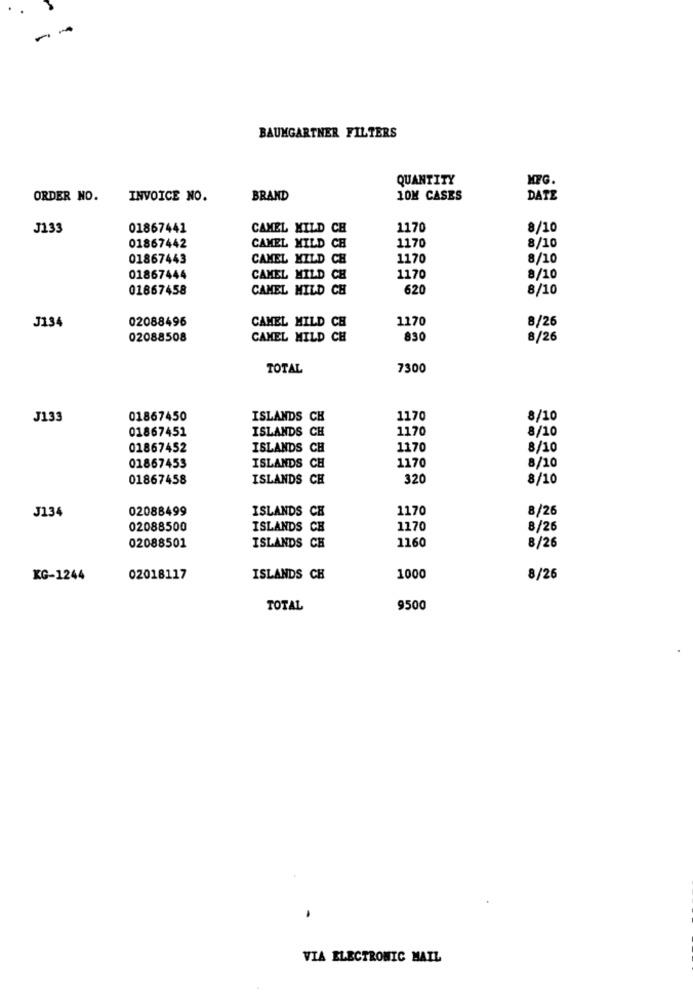
BAUMGARTNER FILTERS
QUANTITY
MFG.
ORDER NO.
INVOICE NO.
BRAND
10M CASES
DATE
品品品品品
J133
01867441
CAMEL MILD CH
1170
8/10
CAMEL MILD CH
1170
01867442
8/10
01867443
CAMEL MILD CH
1170
8/10
CAMEL MILD CH
01867444
1170
8/10
01867458
CAMEL MILD CH
620
8/10
J134
02088496
1170
8/26
CAMEL MILD CH
02088508
CAMEL MILD CH
830
8/26
TOTAL
7300
出品品品品
J133
01867450
ISLANDS CH
1170
8/10
01867451
ISLANDS CH
1170
8/10
01867452
ISLANDS CH
1170
8/10
01867453
ISLANDS CH
1170
8/10
01867458
ISLANDS CH
320
8/10
02088499
ISLANDS CH
1170
8/26
J134
02088500
ISLANDS CH
1170
8/26
ISLANDS CH
02088501
1160
8/26
KG-1244
02018117
ISLANDS CH
1000
8/26
TOTAL
9500
VIA ELECTRONIC MAIL